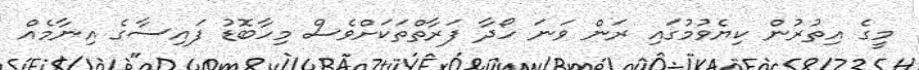
މީގެ އިތުރުން ކިޔެވުމުގައި ރަން ވަނަ ހޯދާ ފަރާތްތަކަށްވެސް މިހާބޮޑު ފައިސާގެ އިނާމެއް